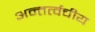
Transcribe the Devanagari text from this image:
अन्तर्त्वचीय